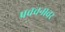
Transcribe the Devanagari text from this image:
प्रवचनावर